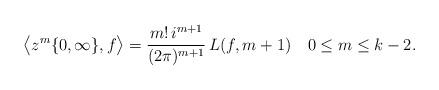
LaTeX: \begin{align*} \big \langle z^m\lbrace 0, \infty\rbrace, f \big\rangle = \frac{m!\, i^{m+1}}{(2\pi)^{m+1}}\, L(f, m+1)\,\ \,\ 0\leq m \leq k-2.\end{align*}